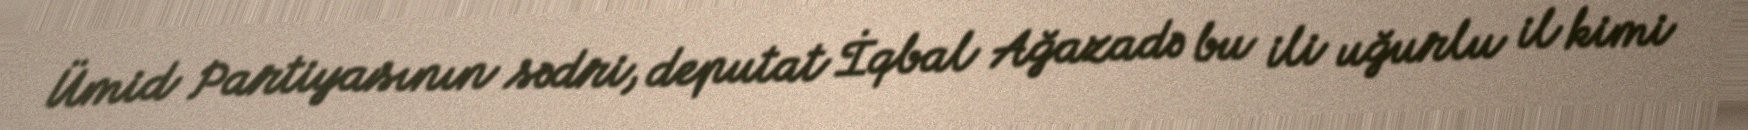
Ümid Partiyasının sədri, deputat İqbal Ağazadə bu ili uğurlu il kimi